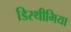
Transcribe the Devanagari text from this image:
डिस्थीमिया